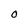
Character: o